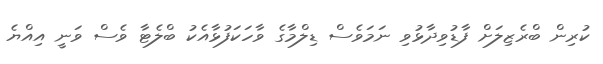
ކުރިން ބްރެޒިލަށް ފާޑުވިދާޅުވި ނަމަވެސް ޑިލްމާގެ ވާހަކަފުޅާއެކު ބްލެޓާ ވެސް ވަނީ އިއްޔެ